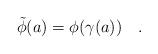
LaTeX: \begin{align*} \tilde\phi(a)=\phi(\gamma(a))\quad. \end{align*}